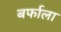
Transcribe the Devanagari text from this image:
बर्फाला